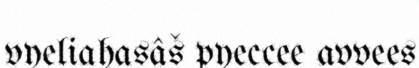
vyeliahasâš pyeccee avvees